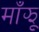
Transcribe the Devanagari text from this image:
माँझू